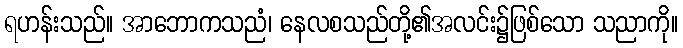
ရဟန်းသည်။ အာဘောကသညံ၊ နေလစသည်တို့၏အလင်း၌ဖြစ်သော သညာကို။